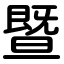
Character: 暨